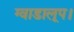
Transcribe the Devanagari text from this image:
ग्वाडालूप।